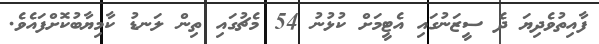
ފާއިތުވެދިޔަ ދެ ސީޒަނުގައި އެޓީމަށް ކުޅުނު 54 މެޗުގައި ތިން ލަނޑު ކާމިޔާބުކޮށްފައެވެ.